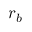
r _ { b }